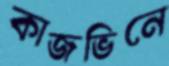
কাজভিনে